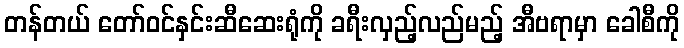
တန်တယ် တော်ဝင်နှင်းဆီဆေးရုံကို ခရီးလှည့်လည်မည့် အီဗရာမှာ ခေါစီကို